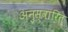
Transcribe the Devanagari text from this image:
अनुस्वारित